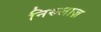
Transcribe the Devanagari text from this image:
निरुलाज़